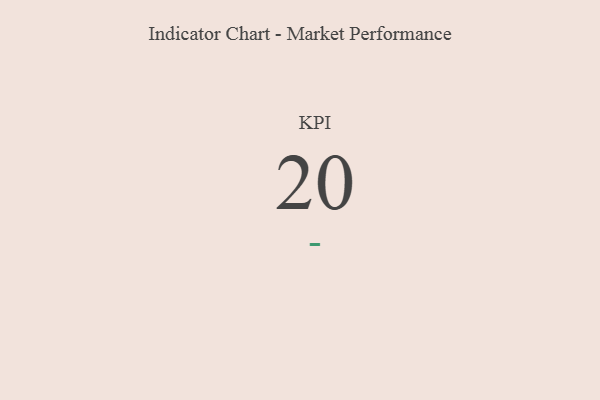
{"axis": {"x": "KPI", "y": "Value"}, "legend": [""], "data": [{"x": "KPI", "y": 20, "type": ""}]}